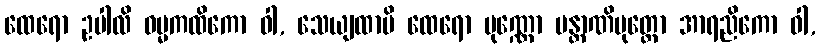
ထေရော ဥပါလိ ဓမ္မကထိကော ဝါ, သေယျထာပိ ထေရော ပုဏ္ဏော မန္တာဏိပုတ္တော အာရညိကော ဝါ,